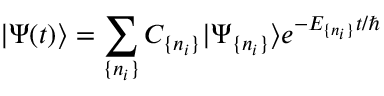
| \Psi ( t ) \rangle = \sum _ { \{ n _ { i } \} } C _ { \{ n _ { i } \} } | \Psi _ { \{ n _ { i } \} } \rangle e ^ { - E _ { \{ n _ { i } \} } t / \hbar }